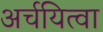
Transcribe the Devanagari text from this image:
अर्चयित्वा